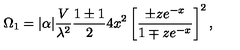
\Omega _ { 1 } = | \alpha | { \frac { V } { \lambda ^ { 2 } } } { \frac { 1 \pm 1 } { 2 } } 4 x ^ { 2 } \left[ { \frac { \pm z e ^ { - x } } { 1 \mp z e ^ { - x } } } \right] ^ { 2 } ,